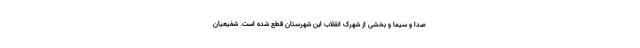
صدا و سیما و بخشی از شهرک انقلاب این شهرستان قطع شده است. شفیعیان